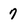
Character: 7